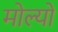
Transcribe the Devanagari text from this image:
मोल्यों